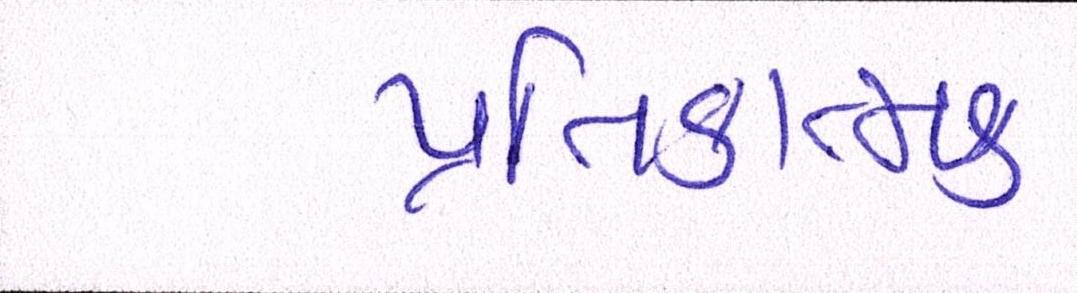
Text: પ્રતિકાત્મક